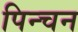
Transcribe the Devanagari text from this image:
पिन्चन